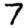
Digit: 7